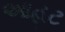
આહટ